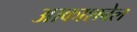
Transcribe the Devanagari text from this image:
आकाशबेल